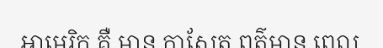
អាមេរិក គឺ មាន កាសែត ពត៌មាន ពេល